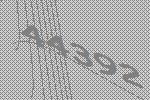
44392